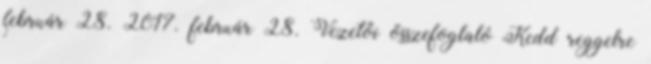
február 28. 2017. február 28. Vezetői összefoglaló Kedd reggelre